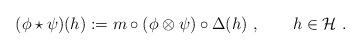
\begin{align*}(\phi \star \psi)(h) := m \circ (\phi \otimes \psi) \circ \Delta (h)~,\qquad h \in \mathcal{H}~.\end{align*}